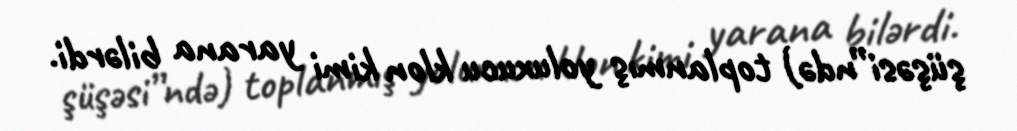
şüşəsi”ndə) toplanmış yoluxucu klon kimi yarana bilərdi.